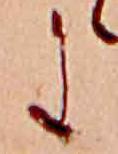
に